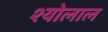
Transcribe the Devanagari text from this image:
श्योलाल